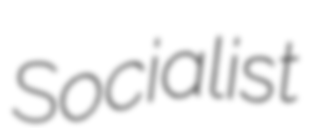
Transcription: Socialist